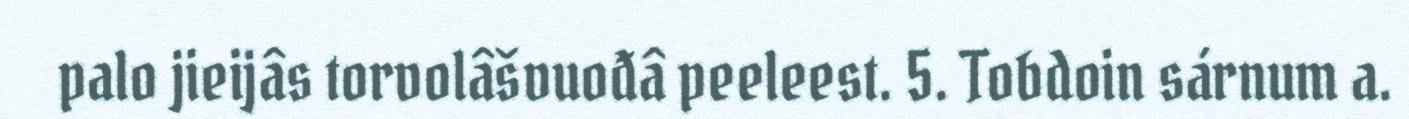
palo jieijâs torvolâšvuođâ peeleest. 5. Tobdoin sárnum a.